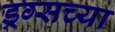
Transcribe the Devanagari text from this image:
ड्रग्सच्या